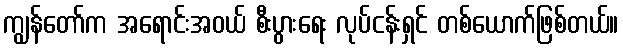
ကျွန်တော်က အရောင်းအဝယ် စီးပွားရေး လုပ်ငန်းရှင် တစ်ယောက်ဖြစ်တယ်။